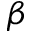
\beta